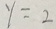
y = 2